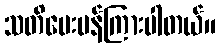
သတိပေးပန်ကြားပါတယ်။